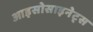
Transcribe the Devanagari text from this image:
आइसोसाइनेट्स